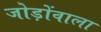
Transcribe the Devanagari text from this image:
जोड़ोंवाला